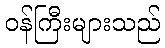
ဝန်ကြီးများသည်